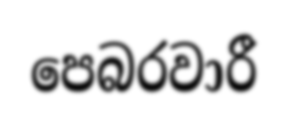
පෙබරවාරී